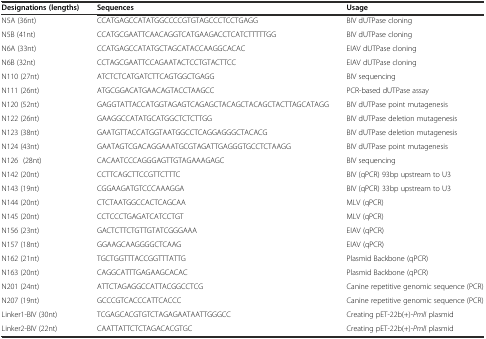
<table><thead><tr><td><b>Designations (lengths)</b></td><td><b>Sequences</b></td><td><b>Usage</b></td></tr></thead><tbody><tr><td>N5A (36nt)</td><td>CCATGAGCCATATGGCCCCGTGTAGCCCTCCTGAGG</td><td>BIV dUTPase cloning</td></tr><tr><td>N5B (41nt)</td><td>CCATGCGAATTCAACAGGTCATGAAGACCTCATCTTTTTGG</td><td>BIV dUTPase cloning</td></tr><tr><td>N6A (33nt)</td><td>CCATGAGCCATATGCTAGCATACCAAGGCACAC</td><td>EIAV dUTPase cloning</td></tr><tr><td>N6B (32nt)</td><td>CCTAGCGAATTCCAGAATACTCCTGTACTTCC</td><td>EIAV dUTPase cloning</td></tr><tr><td>N110 (27nt)</td><td>ATCTCTCATGATCTTCAGTGGCTGAGG</td><td>BIV sequencing</td></tr><tr><td>N111 (26nt)</td><td>ATGCGGACATGAACAGTACCTAAGCC</td><td>PCR-based dUTPase assay</td></tr><tr><td>N120 (52nt)</td><td>GAGGTATTACCATGGTAGAGTCAGAGCTACAGCTACAGCTACTTAGCATAGG</td><td>BIV dUTPase point mutagenesis</td></tr><tr><td>N122 (26nt)</td><td>GAAGGCCATATGCATGGCTCTCTTGG</td><td>BIV dUTPase deletion mutagenesis</td></tr><tr><td>N123 (38nt)</td><td>GAATGTTACCATGGTAATGGCCTCAGGAGGGCTACACG</td><td>BIV dUTPase deletion mutagenesis</td></tr><tr><td>N124 (43nt)</td><td>GAATAGTCGACAGGAAATGCGTAGATTGAGGGTGCCTCTAAGG</td><td>BIV dUTPase point mutagenesis</td></tr><tr><td>N126 (28nt)</td><td>CACAATCCCAGGGAGTTGTAGAAAGAGC</td><td>BIV sequencing</td></tr><tr><td>N142 (20nt)</td><td>CCTTCAGCTTCCGTTCTTTC</td><td>BIV (qPCR) 93bp upstream to U3</td></tr><tr><td>N143 (19nt)</td><td>CGGAAGATGTCCCAAAGGA</td><td>BIV (qPCR) 33bp upstream to U3</td></tr><tr><td>N144 (20nt)</td><td>CTCTAATGGCCACTCAGCAA</td><td>MLV (qPCR)</td></tr><tr><td>N145 (20nt)</td><td>CCTCCCTGAGATCATCCTGT</td><td>MLV (qPCR)</td></tr><tr><td>N156 (23nt)</td><td>GACTCTTCTGTTGTATCGGGAAA</td><td>EIAV (qPCR)</td></tr><tr><td>N157 (18nt)</td><td>GGAAGCAAGGGGCTCAAG</td><td>EIAV (qPCR)</td></tr><tr><td>N162 (21nt)</td><td>TGCTGGTTTACCGGTTTATTG</td><td>Plasmid Backbone (qPCR)</td></tr><tr><td>N163 (20nt)</td><td>CAGGCATTTGAGAAGCACAC</td><td>Plasmid Backbone (qPCR)</td></tr><tr><td>N201 (24nt)</td><td>ATTCTAGAGGCCATTACGGCCTCG</td><td>Canine repetitive genomic sequence (PCR)</td></tr><tr><td>N207 (19nt)</td><td>GCCCGTCACCCATTCACCC</td><td>Canine repetitive genomic sequence (PCR)</td></tr><tr><td>Linker1-BIV (30nt)</td><td>TCGAGCACGTGTCTAGAGAATAATTGGGCC</td><td>Creating pET-22b(+)-<i>PmlI</i> plasmid</td></tr><tr><td>Linker2-BIV (22nt)</td><td>CAATTATTCTCTAGACACGTGC</td><td>Creating pET-22b(+)-<i>PmlI</i> plasmid</td></tr></tbody></table>